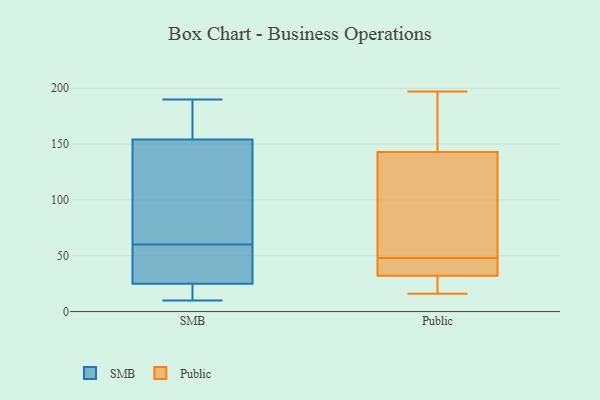
{"axis": {"x": "Waste Production (Tons)", "y": "Value"}, "legend": ["Public", "SMB"], "data": [{"x": "", "y": 175, "type": "SMB"}, {"x": "", "y": 11, "type": "SMB"}, {"x": "", "y": 23, "type": "SMB"}, {"x": "", "y": 184, "type": "SMB"}, {"x": "", "y": 57, "type": "SMB"}, {"x": "", "y": 55, "type": "SMB"}, {"x": "", "y": 63, "type": "SMB"}, {"x": "", "y": 10, "type": "SMB"}, {"x": "", "y": 138, "type": "SMB"}, {"x": "", "y": 101, "type": "SMB"}, {"x": "", "y": 27, "type": "SMB"}, {"x": "", "y": 90, "type": "SMB"}, {"x": "", "y": 23, "type": "SMB"}, {"x": "", "y": 190, "type": "SMB"}, {"x": "", "y": 42, "type": "SMB"}, {"x": "", "y": 170, "type": "SMB"}, {"x": "", "y": 103, "type": "Public"}, {"x": "", "y": 52, "type": "Public"}, {"x": "", "y": 44, "type": "Public"}, {"x": "", "y": 195, "type": "Public"}, {"x": "", "y": 43, "type": "Public"}, {"x": "", "y": 38, "type": "Public"}, {"x": "", "y": 188, "type": "Public"}, {"x": "", "y": 197, "type": "Public"}, {"x": "", "y": 16, "type": "Public"}, {"x": "", "y": 143, "type": "Public"}, {"x": "", "y": 27, "type": "Public"}, {"x": "", "y": 32, "type": "Public"}, {"x": "", "y": 18, "type": "Public"}, {"x": "", "y": 143, "type": "Public"}]}